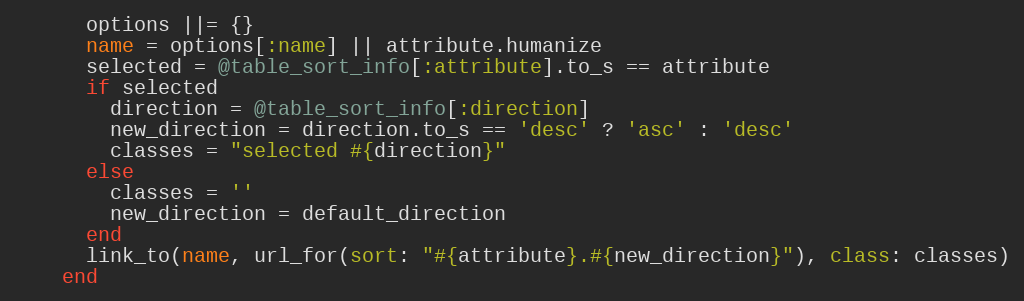
Language: Ruby
      options ||= {}
      name = options[:name] || attribute.humanize
      selected = @table_sort_info[:attribute].to_s == attribute
      if selected
        direction = @table_sort_info[:direction]
        new_direction = direction.to_s == 'desc' ? 'asc' : 'desc'
        classes = "selected #{direction}"
      else
        classes = ''
        new_direction = default_direction
      end
      link_to(name, url_for(sort: "#{attribute}.#{new_direction}"), class: classes)
    end